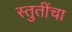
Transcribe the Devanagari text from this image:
स्तुतींचा